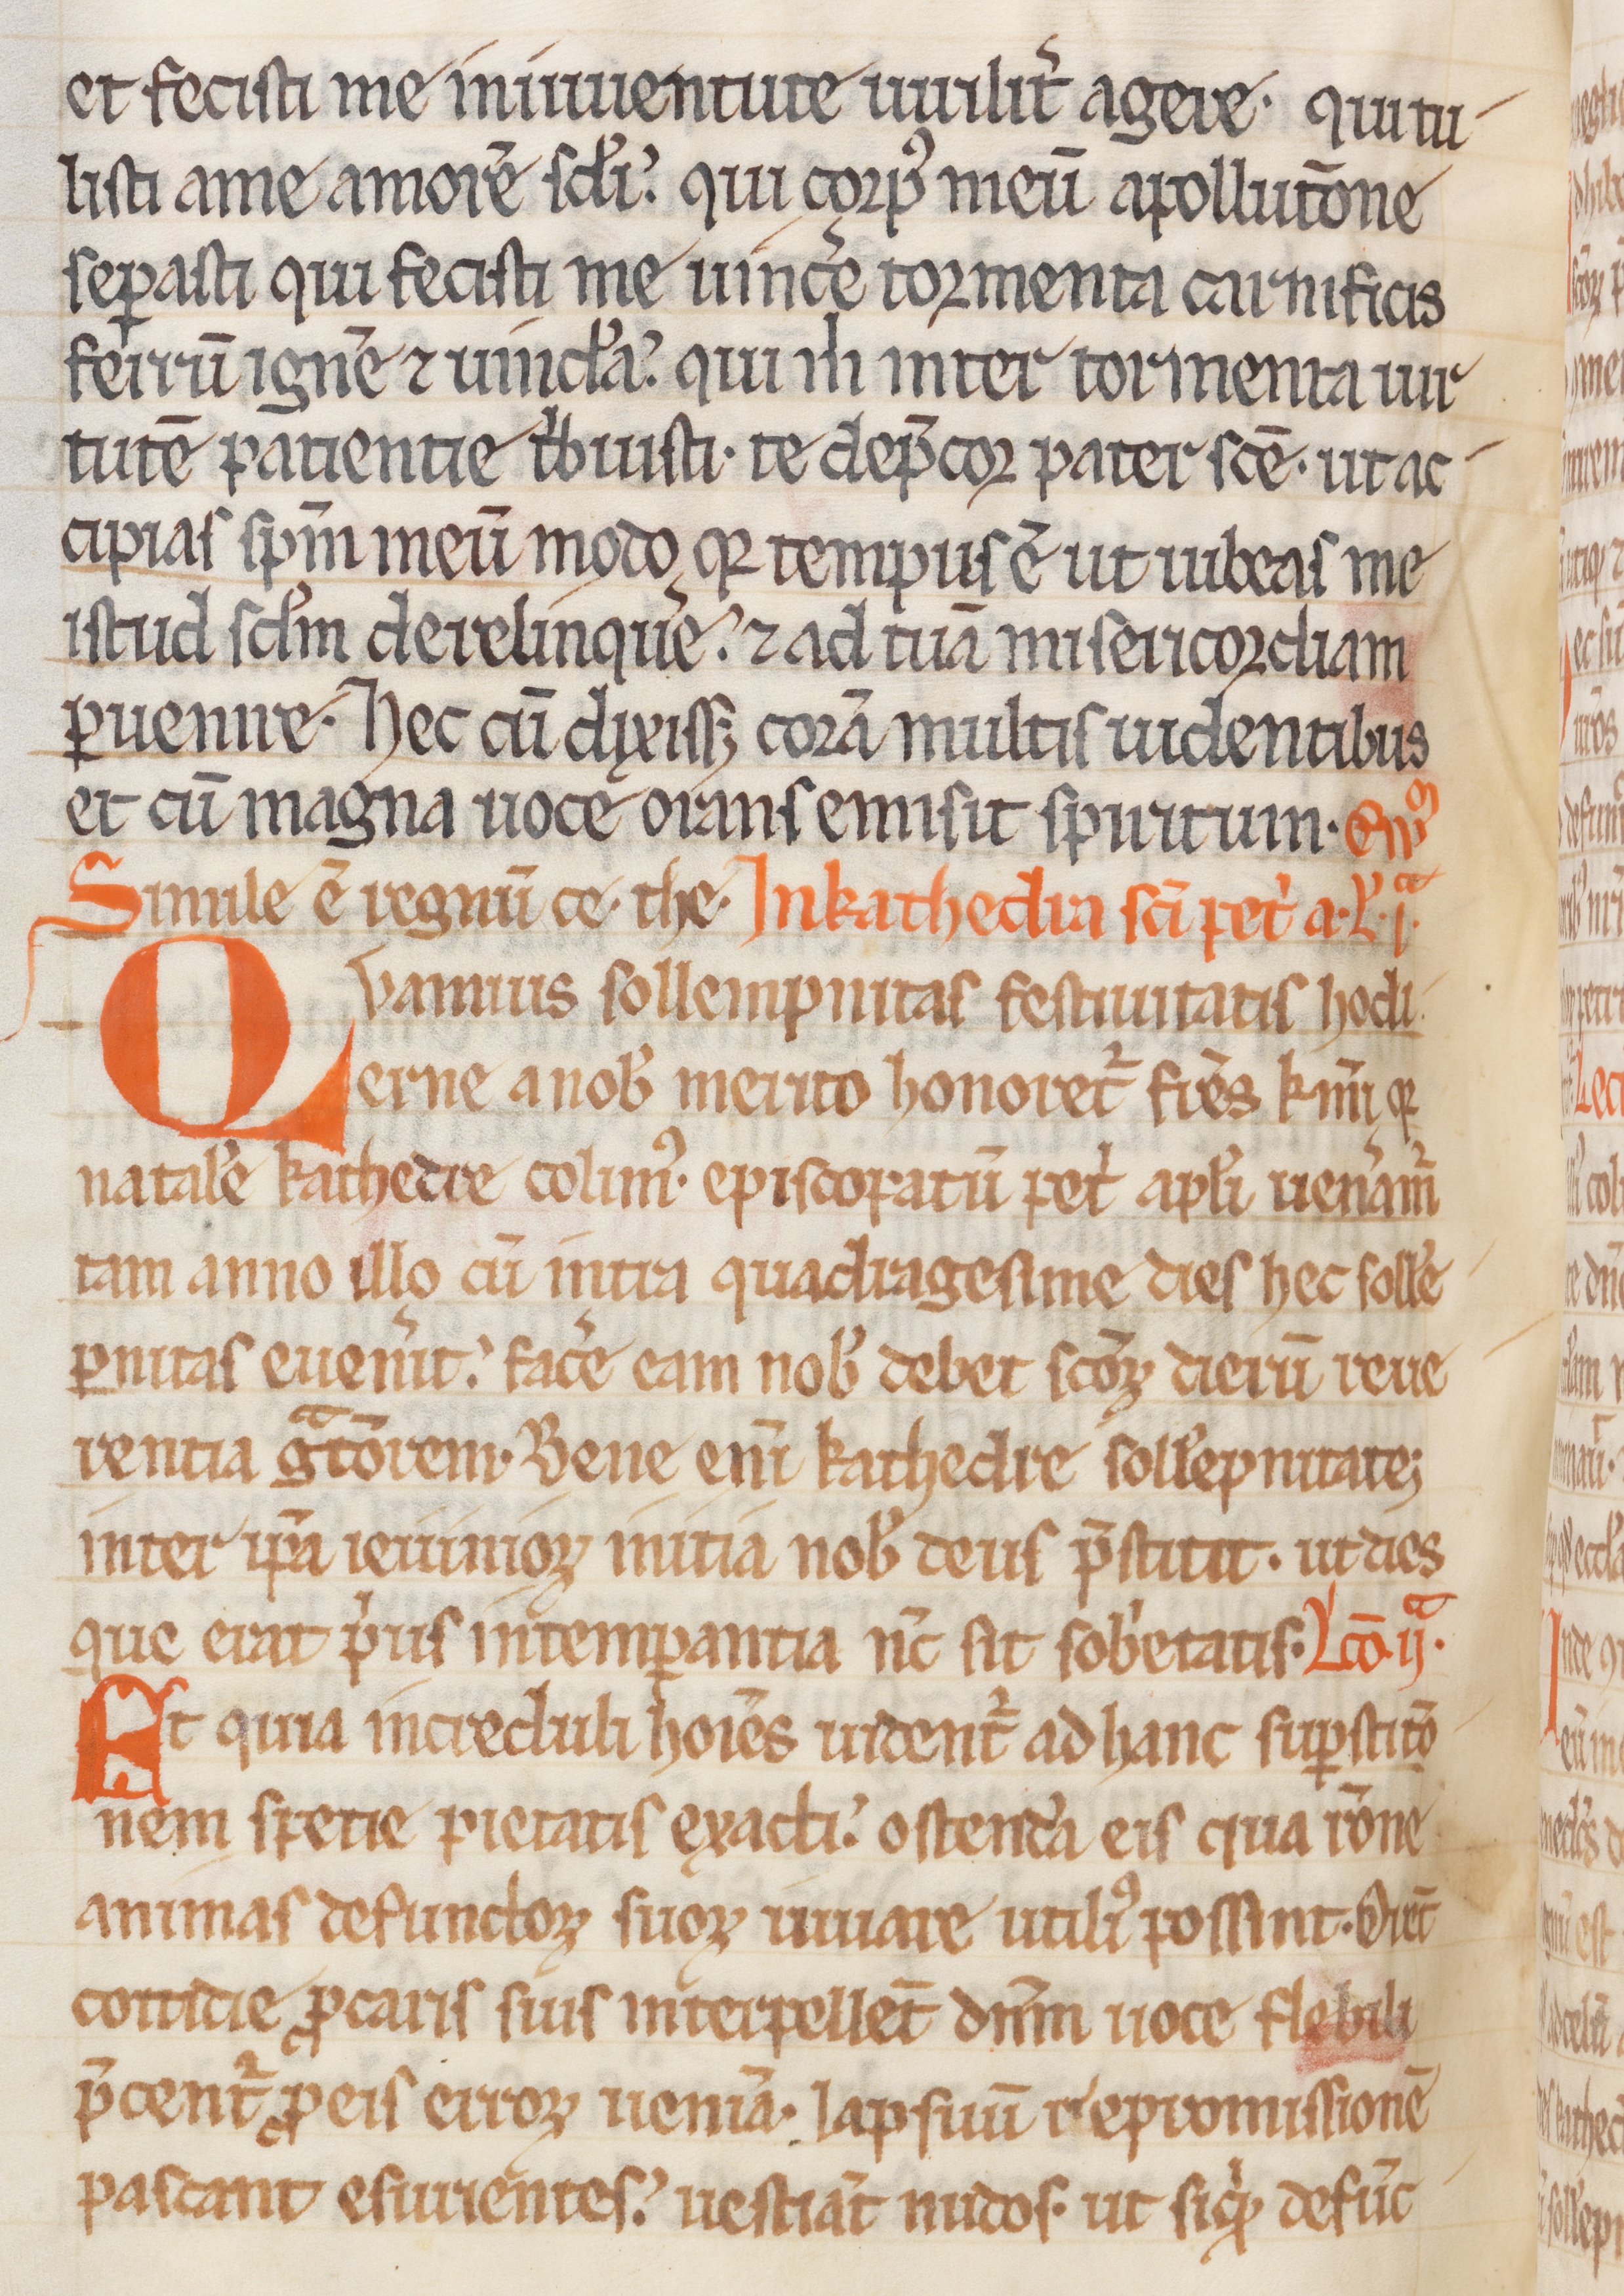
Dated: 1200–1299